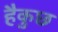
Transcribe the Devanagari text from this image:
हैकुछ